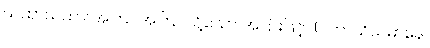
ယထာယထာ၊ အကြင်အကြင်သို့သော အပြားဖြင့်။ (ပကာသိယမာနေ၊